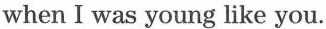
when I was young like you.